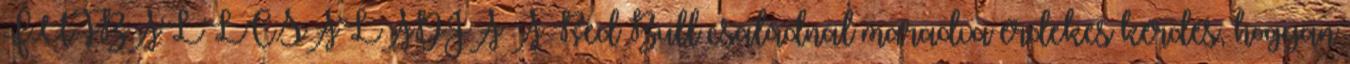
FUTBALLCSALÁDJA A Red Bull családnál maradva érdekes kérdés, hogyan